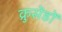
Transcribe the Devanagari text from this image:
क्रुसेंडों